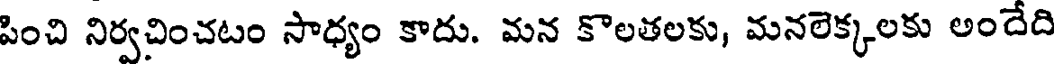
పించి నిర్వచించటం సాధ్యం కాదు. మన కొలతలకు, మనలెక్కలకు అందేది